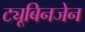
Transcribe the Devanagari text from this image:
ट्यूबिनजेन